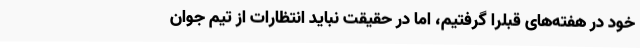
خود در هفته‌های قبلرا گرفتیم، اما در حقیقت نباید انتظارات از تیم جوان